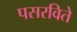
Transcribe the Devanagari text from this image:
पसरविते